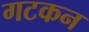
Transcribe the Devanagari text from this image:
गटकन